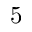
5